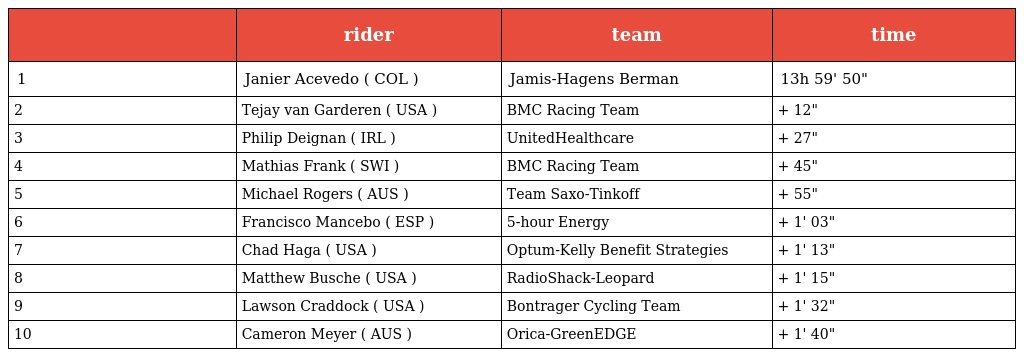
|  | rider | team | time |
 | --- | --- | --- | --- |
 | 1 | Janier Acevedo ( COL ) | Jamis-Hagens Berman | 13h 59' 50" |
 | 2 | Tejay van Garderen ( USA ) | BMC Racing Team | + 12" |
 | 3 | Philip Deignan ( IRL ) | UnitedHealthcare | + 27" |
 | 4 | Mathias Frank ( SWI ) | BMC Racing Team | + 45" |
 | 5 | Michael Rogers ( AUS ) | Team Saxo-Tinkoff | + 55" |
 | 6 | Francisco Mancebo ( ESP ) | 5-hour Energy | + 1' 03" |
 | 7 | Chad Haga ( USA ) | Optum-Kelly Benefit Strategies | + 1' 13" |
 | 8 | Matthew Busche ( USA ) | RadioShack-Leopard | + 1' 15" |
 | 9 | Lawson Craddock ( USA ) | Bontrager Cycling Team | + 1' 32" |
 | 10 | Cameron Meyer ( AUS ) | Orica-GreenEDGE | + 1' 40" |